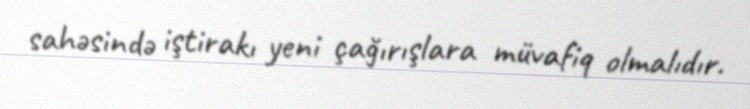
sahəsində iştirakı yeni çağırışlara müvafiq olmalıdır.